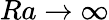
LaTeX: Ra\to\infty